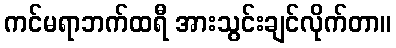
ကင်မရာဘက်ထရီ အားသွင်းချင်လိုက်တာ။